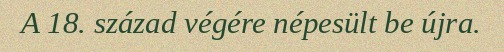
A 18. század végére népesült be újra.